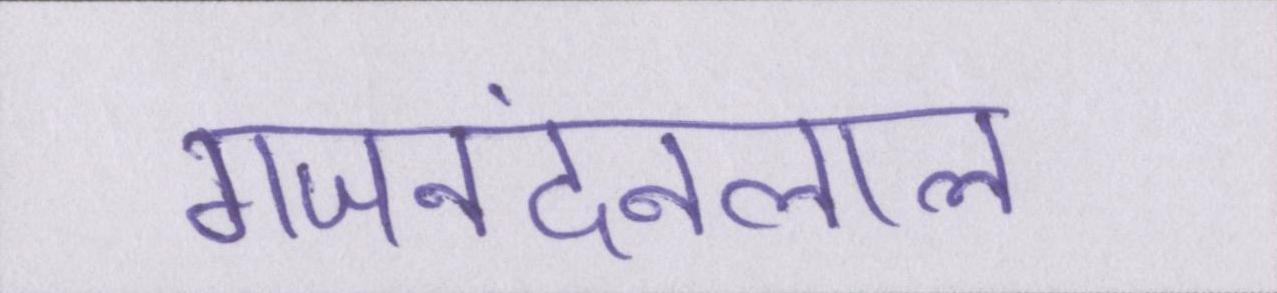
गजनंदनलाल